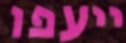
ייעפו